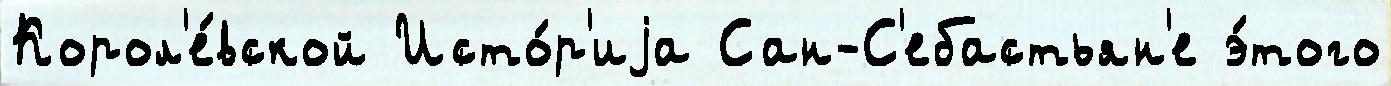
Корол'е́вской Исто́р'иjа Сан-С'ебастьян'е э́того